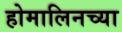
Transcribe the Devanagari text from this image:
होमालिनच्या